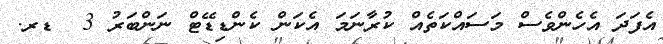
އެފަދަ އެހެންވެސް މަސައްކަތެއް ކުރާނަމަ އެކަން ކެންޑިޑޭޓް ނަންބަރު 3  ޑރ.